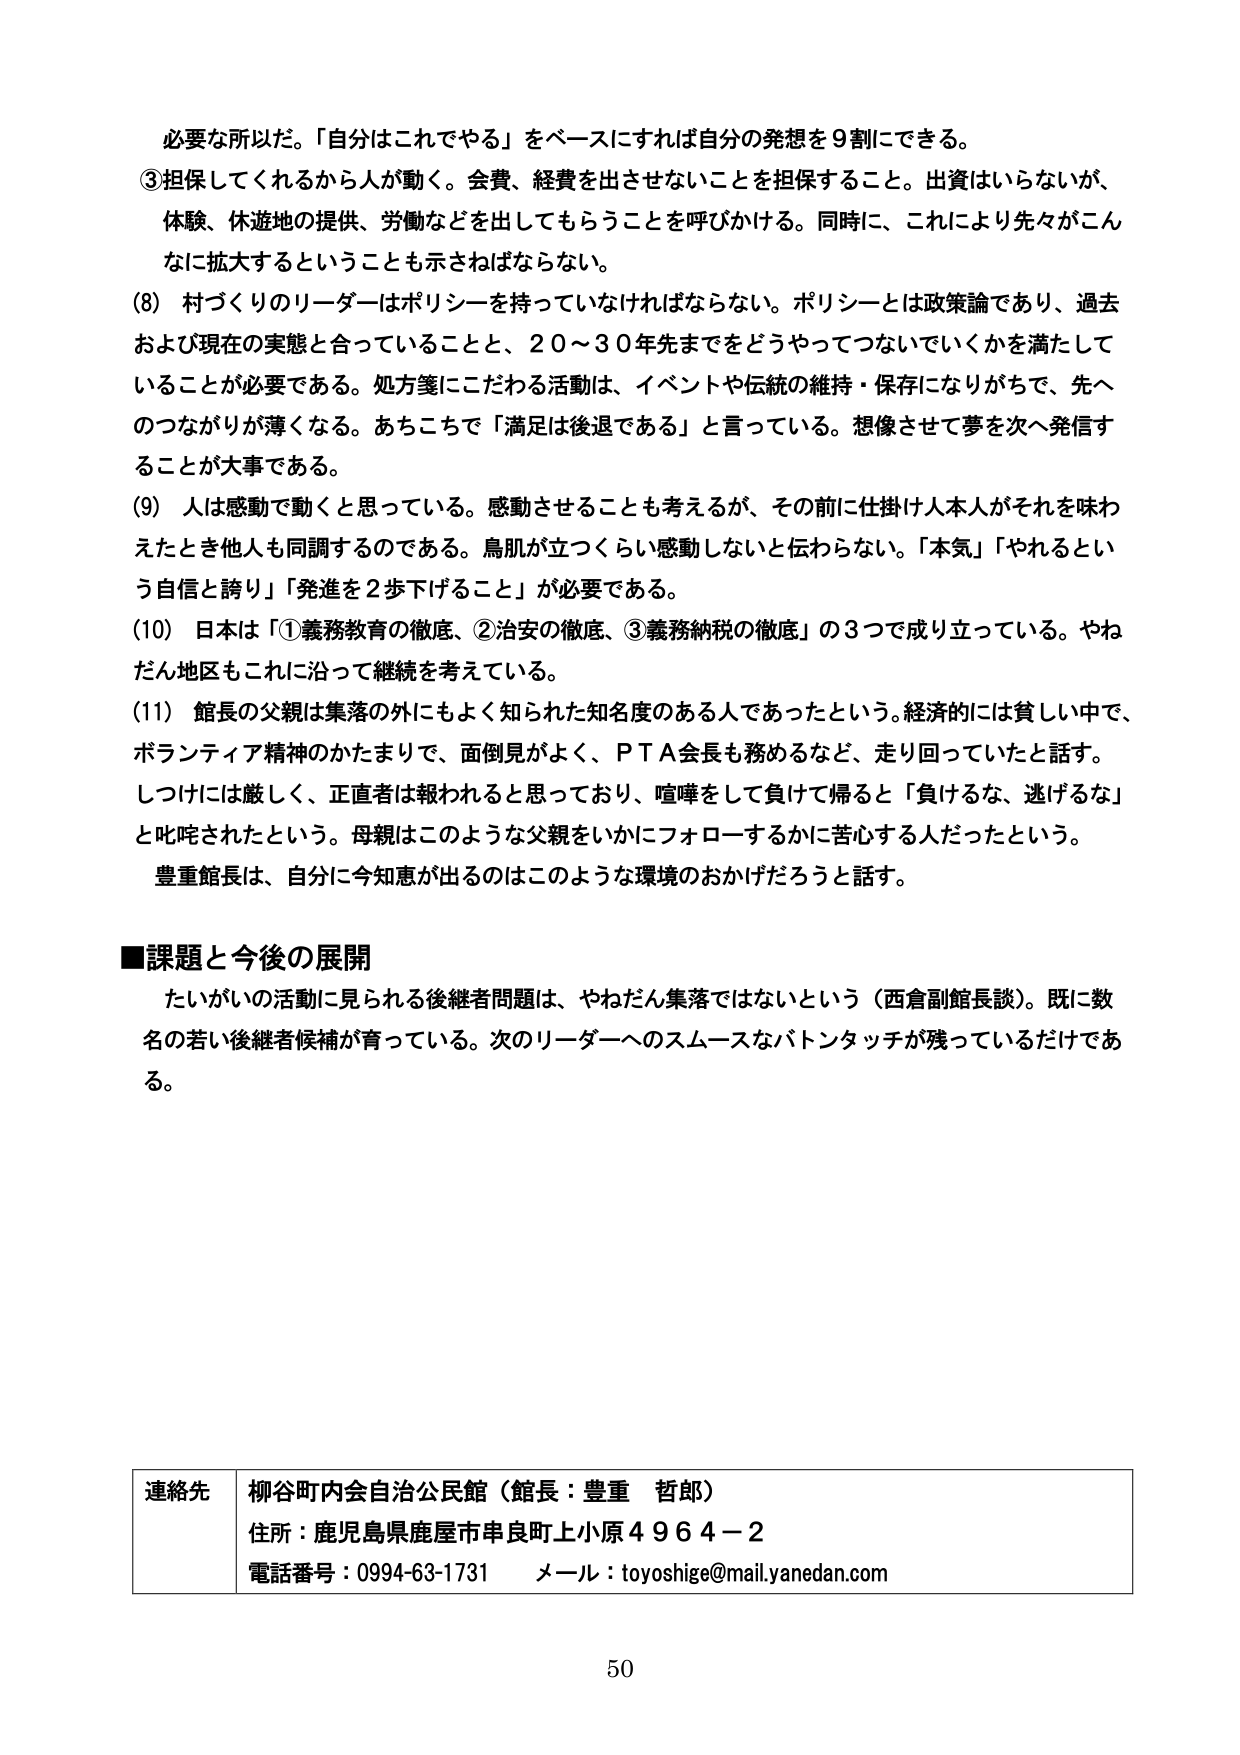
必要な所以だ。「自分はこれでやる」をベースにすれば自分の発想を９割にできる。
③担保してくれるから人が動く。会費、経費を出させないことを担保すること。出資はいらないが、体験、休遊地の提供、労働などを出してもらうことを呼びかける。同時に、これにより先々がこんなに拡大するということも示さねばならない。
(8) 村づくりのリーダーはポリシーを持っていなければならない。ポリシーとは政策論であり、過去および現在の実態と合っていることと、２０～３０年先までをどうやってつないでいくかを満たしていることが必要である。処方箋にこだわる活動は、イベントや伝統の維持・保存になりがちで、先へのつながりが薄くなる。あちこちで「満足は後退である」と言っている。想像させて夢を次へ発信することが大事である。
(9) 人は感動で動くと思っている。感動させることも考えるが、その前に仕掛け人本人がそれを味わえたとき他人も同調するのである。鳥肌が立つくらい感動しないと伝わらない。「本気」「やれるという自信と誇り」「発進を２歩下げること」が必要である。
(10) 日本は「①義務教育の徹底、②治安の徹底、③義務納税の徹底」の３つで成り立っている。やねだん地区もこれに沿って継続を考えている。
(11) 館長の父親は集落の外にもよく知られた知名度のある人であったという。経済的には貧しい中で、ボランティア精神のかたまりで、面倒見がよく、ＰＴＡ会長も務めるなど、走り回っていたと話す。しつけには厳しく、正直者は報われると思っており、喧嘩をして負けて帰ると「負けるな、逃げるな」と叱咤されたという。母親はこのような父親をいかにフォローするかに苦心する人だったという。
豊重館長は、自分に今知恵が出るのはこのような環境のおかげだろうと話す。

■課題と今後の展開
たいがいの活動に見られる後継者問題は、やねだん集落ではないという（西倉副館長談）。既に数名の若い後継者候補が育っている。次のリーダーへのスムースなバトンタッチが残っているだけである。

連絡先　柳谷町内会自治公民館（館長：豊重　哲郎）
住所：鹿児島県鹿屋市串良町上小原４９６４－２
電話番号：0994-63-1731　メール：toyoshige@mail.yanedan.com

50